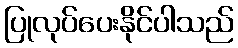
ပြုလုပ်ပေးနိုင်ပါသည်